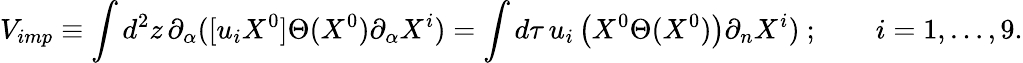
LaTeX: {V}_{imp}\equiv\int d^{2}z\, \partial_{\alpha}([u_{i}X^{0}]\Theta(X^{0})\partial_{\alpha}X^{i})=\int d\tau\, u_{i}\left(X^{0}\Theta(X^{0})\right)\partial_{n}X^{i})~;\qquad i=1,\ldots,9.